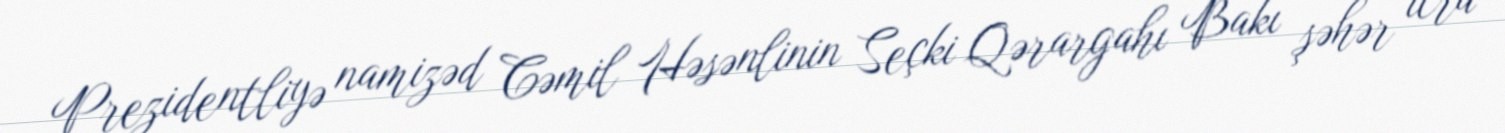
Prezidentliyə namizəd Cəmil Həsənlinin Seçki Qərargahı Bakı şəhər icra